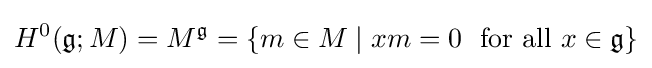
H^{0}({\mathfrak {g}};M)=M^{\mathfrak {g}}=\{m\in M\mid xm=0\ {\text{ for all }}x\in {\mathfrak {g}}\}